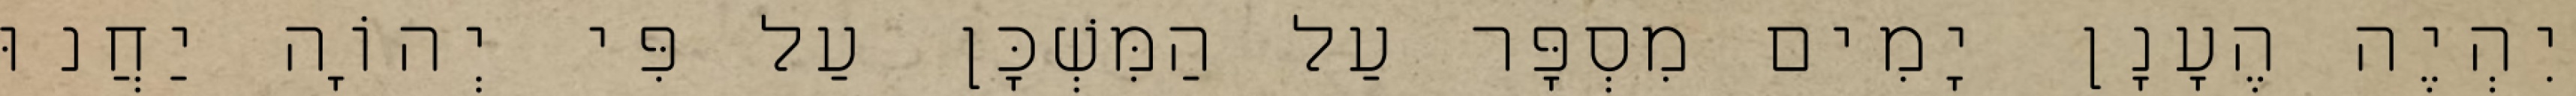
יִהְיֶה הֶעָנָן יָמִים מִסְפָּר עַל הַמִּשְׁכָּן עַל פִּי יְהוָֹה יַחֲנוּ